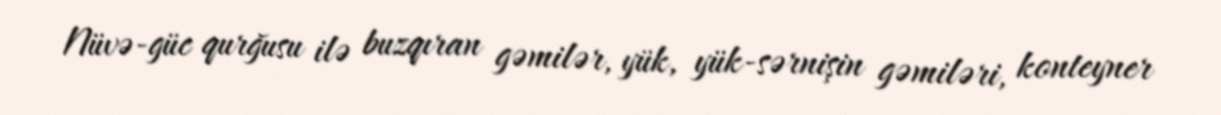
Nüvə-güc qurğusu ilə buzqıran gəmilər, yük, yük-sərnişin gəmiləri, konteyner